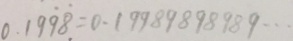
0 . 1 \dot { 9 } \dot { 8 } = 0 . 1 9 9 8 9 8 9 8 9 8 9 \cdots